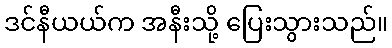
ဒင်နီယယ်က အနီးသို့ ပြေးသွားသည်။